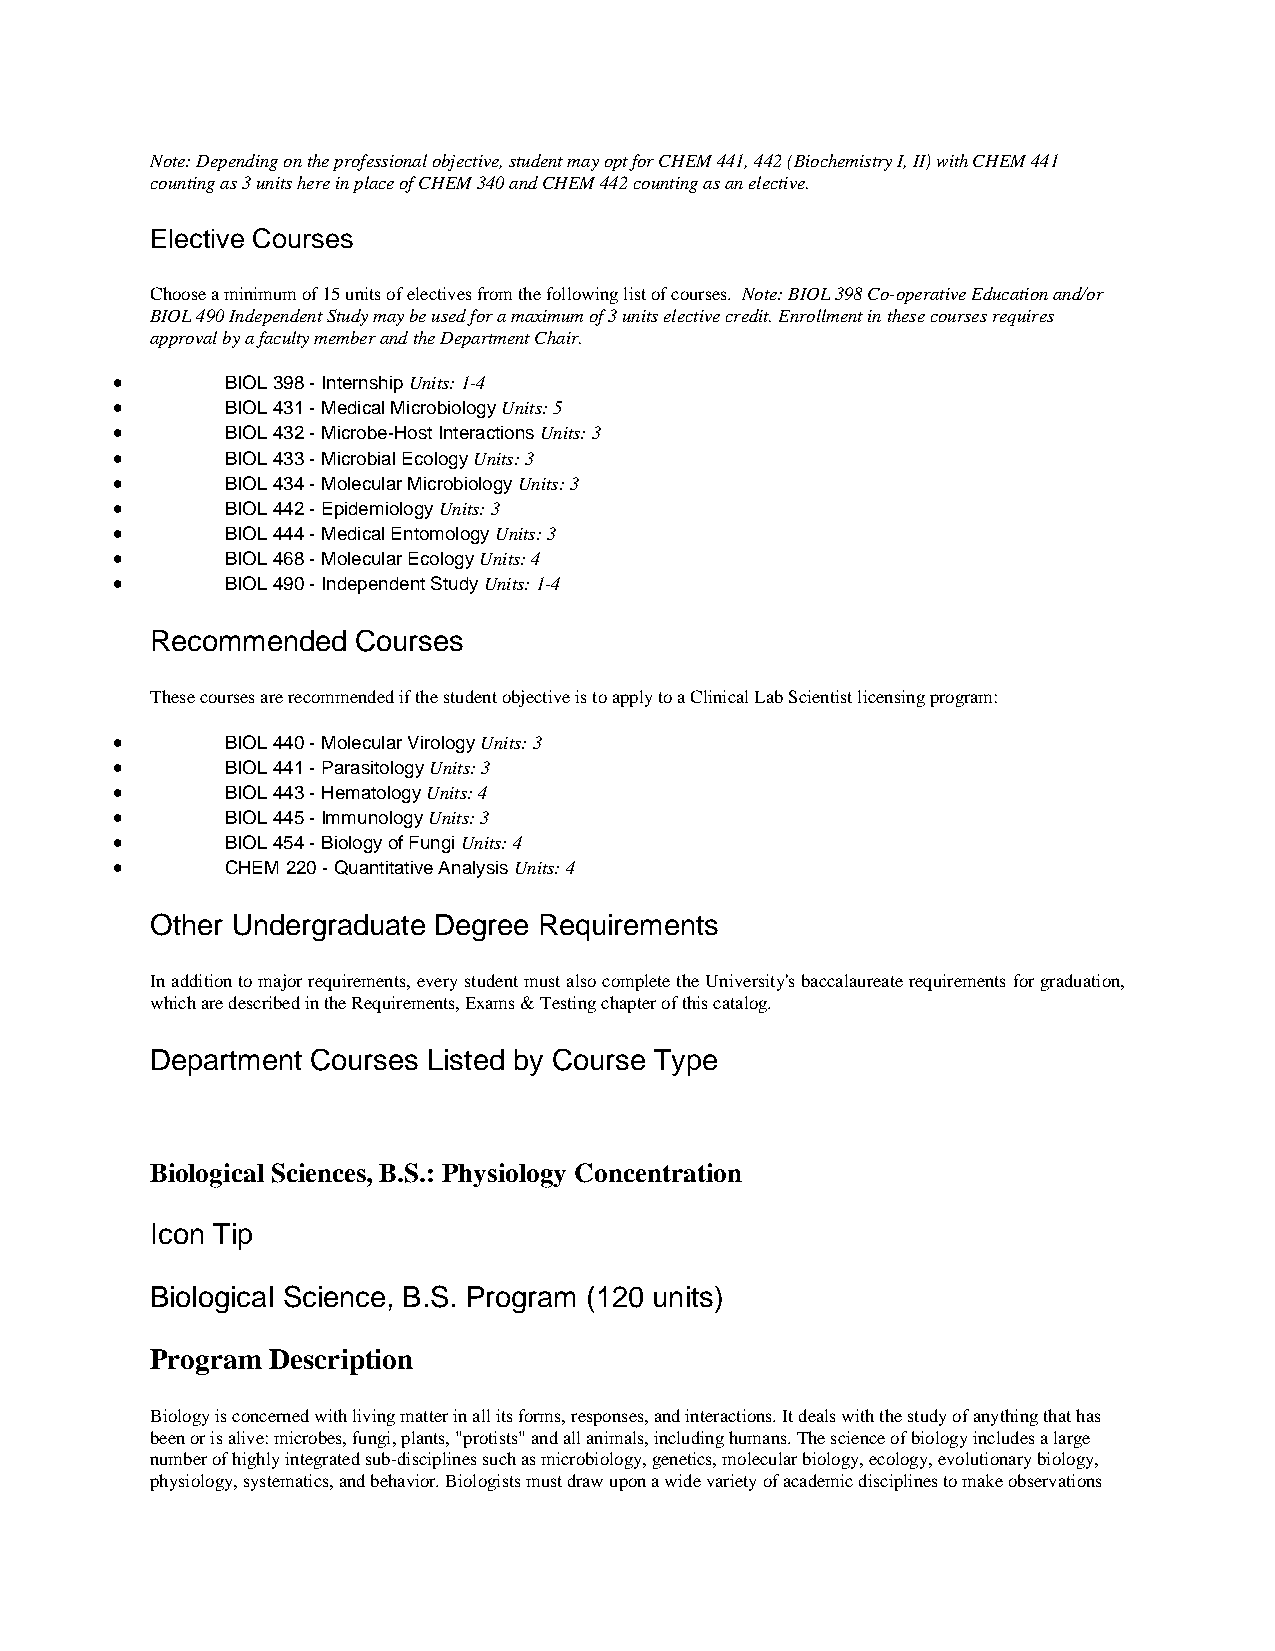
Note: Depending on the professional objective, student may opt for CHEM 441, 442 (Biochemistry I, II) with CHEM 441
 counting as 3 units here in place of CHEM 340 and CHEM 442 counting as an elective.
 Elective Courses
 Choose a minimum of 15 units of electives from the following list of courses. Note: BIOL 398 Co-operative Education and/or
 BIOL 490 Independent Study may be used for a maximum of 3 units elective credit. Enrollment in these courses requires
 approval by a faculty member and the Department Chair.
 •       BIOL 398 - Internship Units: 1-4
 •       BIOL 431 - Medical Microbiology Units: 5
 •       BIOL 432 - Microbe-Host Interactions Units: 3
 •       BIOL 433 - Microbial Ecology Units: 3
 •       BIOL 434 - Molecular Microbiology Units: 3
 •       BIOL 442 - Epidemiology Units: 3
 •       BIOL 444 - Medical Entomology Units: 3
 •       BIOL 468 - Molecular Ecology Units: 4
 •       BIOL 490 - Independent Study Units: 1-4
 Recommended   Courses
 These courses are recommended if the student objective is to apply to a Clinical Lab Scientist licensing program:
 •       BIOL 440 - Molecular Virology Units: 3
 •       BIOL 441 - Parasitology Units: 3
 •       BIOL 443 - Hematology Units: 4
 •       BIOL 445 - Immunology Units: 3
 •       BIOL 454 - Biology of Fungi Units: 4
 •       CHEM 220 - Quantitative Analysis Units: 4
 Other Undergraduate Degree Requirements
 In addition to major requirements, every student must also complete the University's baccalaureate requirements for graduation,
 which are described in the Requirements, Exams & Testing chapter of this catalog.
 Department Courses Listed by Course Type
 Biological Sciences, B.S.: Physiology Concentration
 Icon Tip
 Biological Science, B.S. Program (120 units)
 Program Description
 Biology is concerned with living matter in all its forms, responses, and interactions. It deals with the study of anything that has
 been or is alive: microbes, fungi, plants, "protists" and all animals, including humans. The science of biology includes a large
 number of highly integrated sub-disciplines such as microbiology, genetics, molecular biology, ecology, evolutionary biology,
 physiology, systematics, and behavior. Biologists must draw upon a wide variety of academic disciplines to make observations